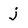
Character: j